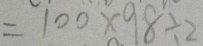
= 1 0 0 \times 9 8 \div 2